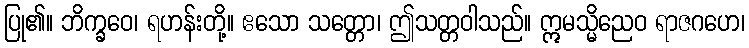
ပြု၏။ ဘိက္ခဝေ၊ ရဟန်းတို့။ ဧသော သတ္တော၊ ဤသတ္တဝါသည်။ ဣမသ္မိညေဝ ရာဇဂဟေ၊